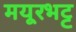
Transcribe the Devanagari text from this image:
मयूरभट्ट